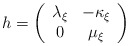
\begin{align*}h=\left( \begin{array}{cc}\lambda _{\xi } & -\kappa _{\xi }\\0 & \mu _{\xi }\end{array}\right)\end{align*}